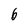
Character: 6